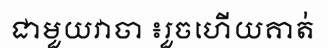
ជាមួយវាចា ៖រួចហើយគាត់